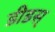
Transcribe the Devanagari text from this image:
डीडस्